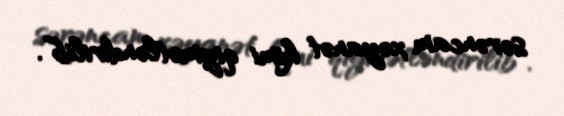
sərəncam xəyanət kimi qiymətləndirilib”.